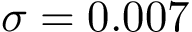
\sigma = 0 . 0 0 7